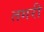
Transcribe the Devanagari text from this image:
तगरी